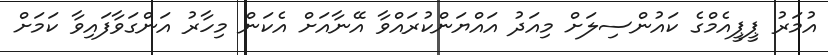
އުމަރު ޕީޕީއެމްގެ ކައުންސިލަށް މިއަދު އައްޔަންކުރައްވާ އޭނާއަށް އެކަން މިހާރު އަންގަވާފައިވާ ކަމަށް